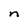
Character: n